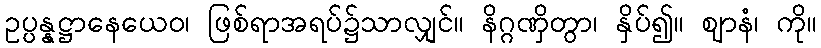
ဥပ္ပန္နဋ္ဌာနေယေဝ၊ ဖြစ်ရာအရပ်၌သာလျှင်။ နိဂ္ဂဏှိတွာ၊ နှိပ်၍။ ဈာနံ၊ ကို။